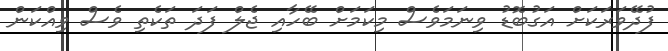
ފުދޭވަރަކަށް އަގުބޮޑު ވިނަަމަވެސް މިކަމަށް ބޭހާއި ޖެލް ފަދަ ތަކެތި ވެސް ވިއްކަން